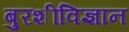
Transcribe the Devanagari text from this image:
बुरशीविज्ञान